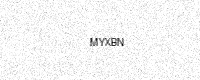
Text: MYXBN